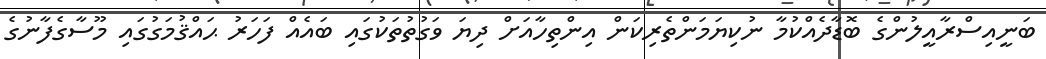
ބަނީއިސްރާއީލުންގެ ބޮޑާދެއްކުމާ ނުކިޔަމަންތެރިކަން އިންތިހާއަށް ދިޔަ ވަގުތުތަކުގައި ބައެއް ފަހަރު ޙައްޤުމަގުގައި މޫސާގެފާނުގެ